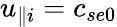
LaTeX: u_{\parallel i}=c_{se0}